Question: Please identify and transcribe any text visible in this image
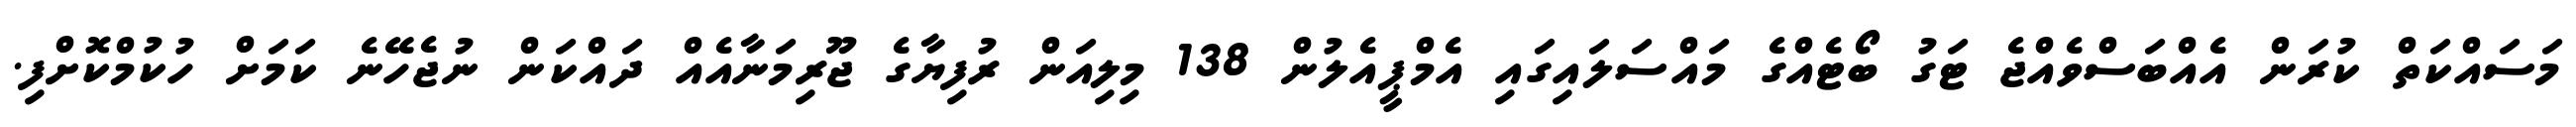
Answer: މަސައްކަތް ކުރަން އެއްބަސްވެއްޖެ ޓަގު ބޯޓެއްގެ މައްސަލައިގައި އެމްޕީއެލުން 138 މިލިއަން ރުފިޔާގެ ޖޫރިމަނާއެއް ދައްކަން ނުޖެހޭނެ ކަމަށް ހުކުމްކޮށްފި.